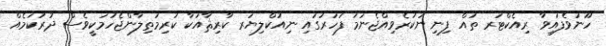
ހޫނުވެފައިވާ ރިއެކްޓަރ ތައް ފިނި ނުކުރެވިއްޖެނަމަ ފަހަރުގައި ނިއުކްލިޔަރ ކާރިޘާއަކާ ކުރިމަތިލާންޖެހުމަކީވެސް ދުރުކަމެއް